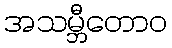
အသမ္ဘီတောဝ